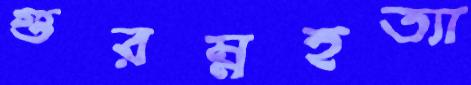
গুরম্নহত্যা